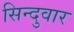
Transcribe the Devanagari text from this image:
सिन्दुवार